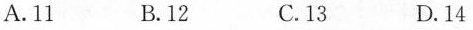
A.11 B.12 C.13 D.14